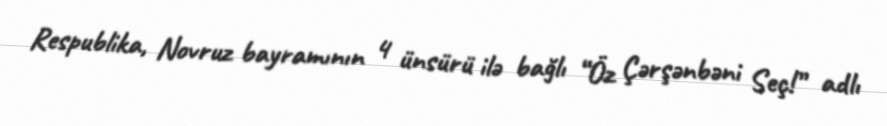
Respublika, Novruz bayramının 4 ünsürü ilə bağlı “Öz Çərşənbəni Seç!” adlı